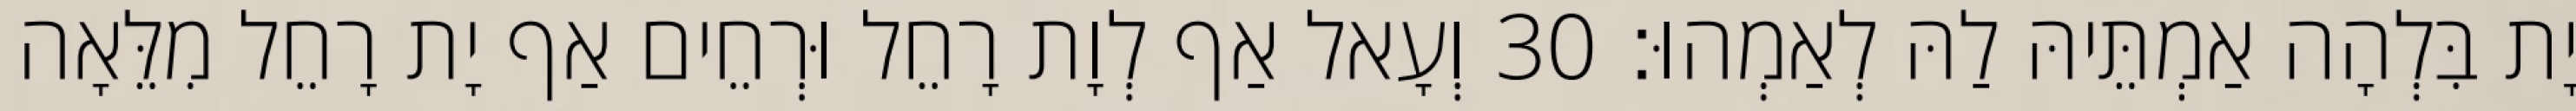
יָת בִּלְהָה אַמְתֵּיהּ לַהּ לְאַמְהוּ׃ 30 וְעָאל אַף לְוָת רָחֵל וּרְחֵים אַף יָת רָחֵל מִלֵּאָה